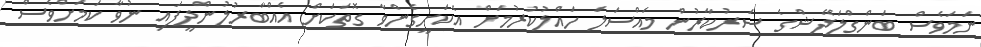
ނަމަވެސް ބަންގްލަދޭޝްގެ ސަރުކާރުން މައްސަލަ ހައްލުކުރުމަށް އެކަށީގެންވާ ގޮތަކަށް އެއްބާރުލުންދީފައި ނުވާ ކަމަށްވެސް